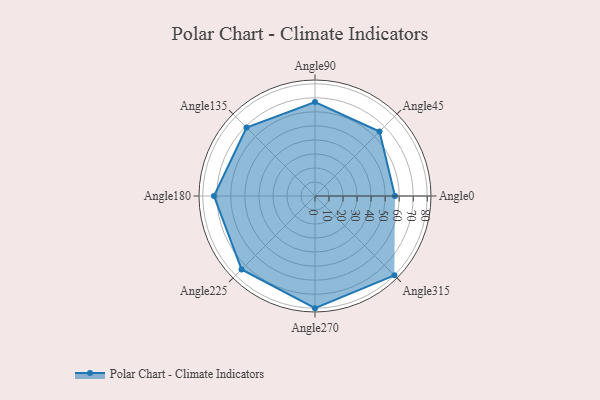
{"axis": {"x": "Angle", "y": "Radius"}, "legend": [""], "data": [{"x": "Angle0", "y": 57.0, "type": ""}, {"x": "Angle45", "y": 65.0, "type": ""}, {"x": "Angle90", "y": 67.0, "type": ""}, {"x": "Angle135", "y": 69.0, "type": ""}, {"x": "Angle180", "y": 72.0, "type": ""}, {"x": "Angle225", "y": 74.0, "type": ""}, {"x": "Angle270", "y": 80.0, "type": ""}, {"x": "Angle315", "y": 80.0, "type": ""}]}